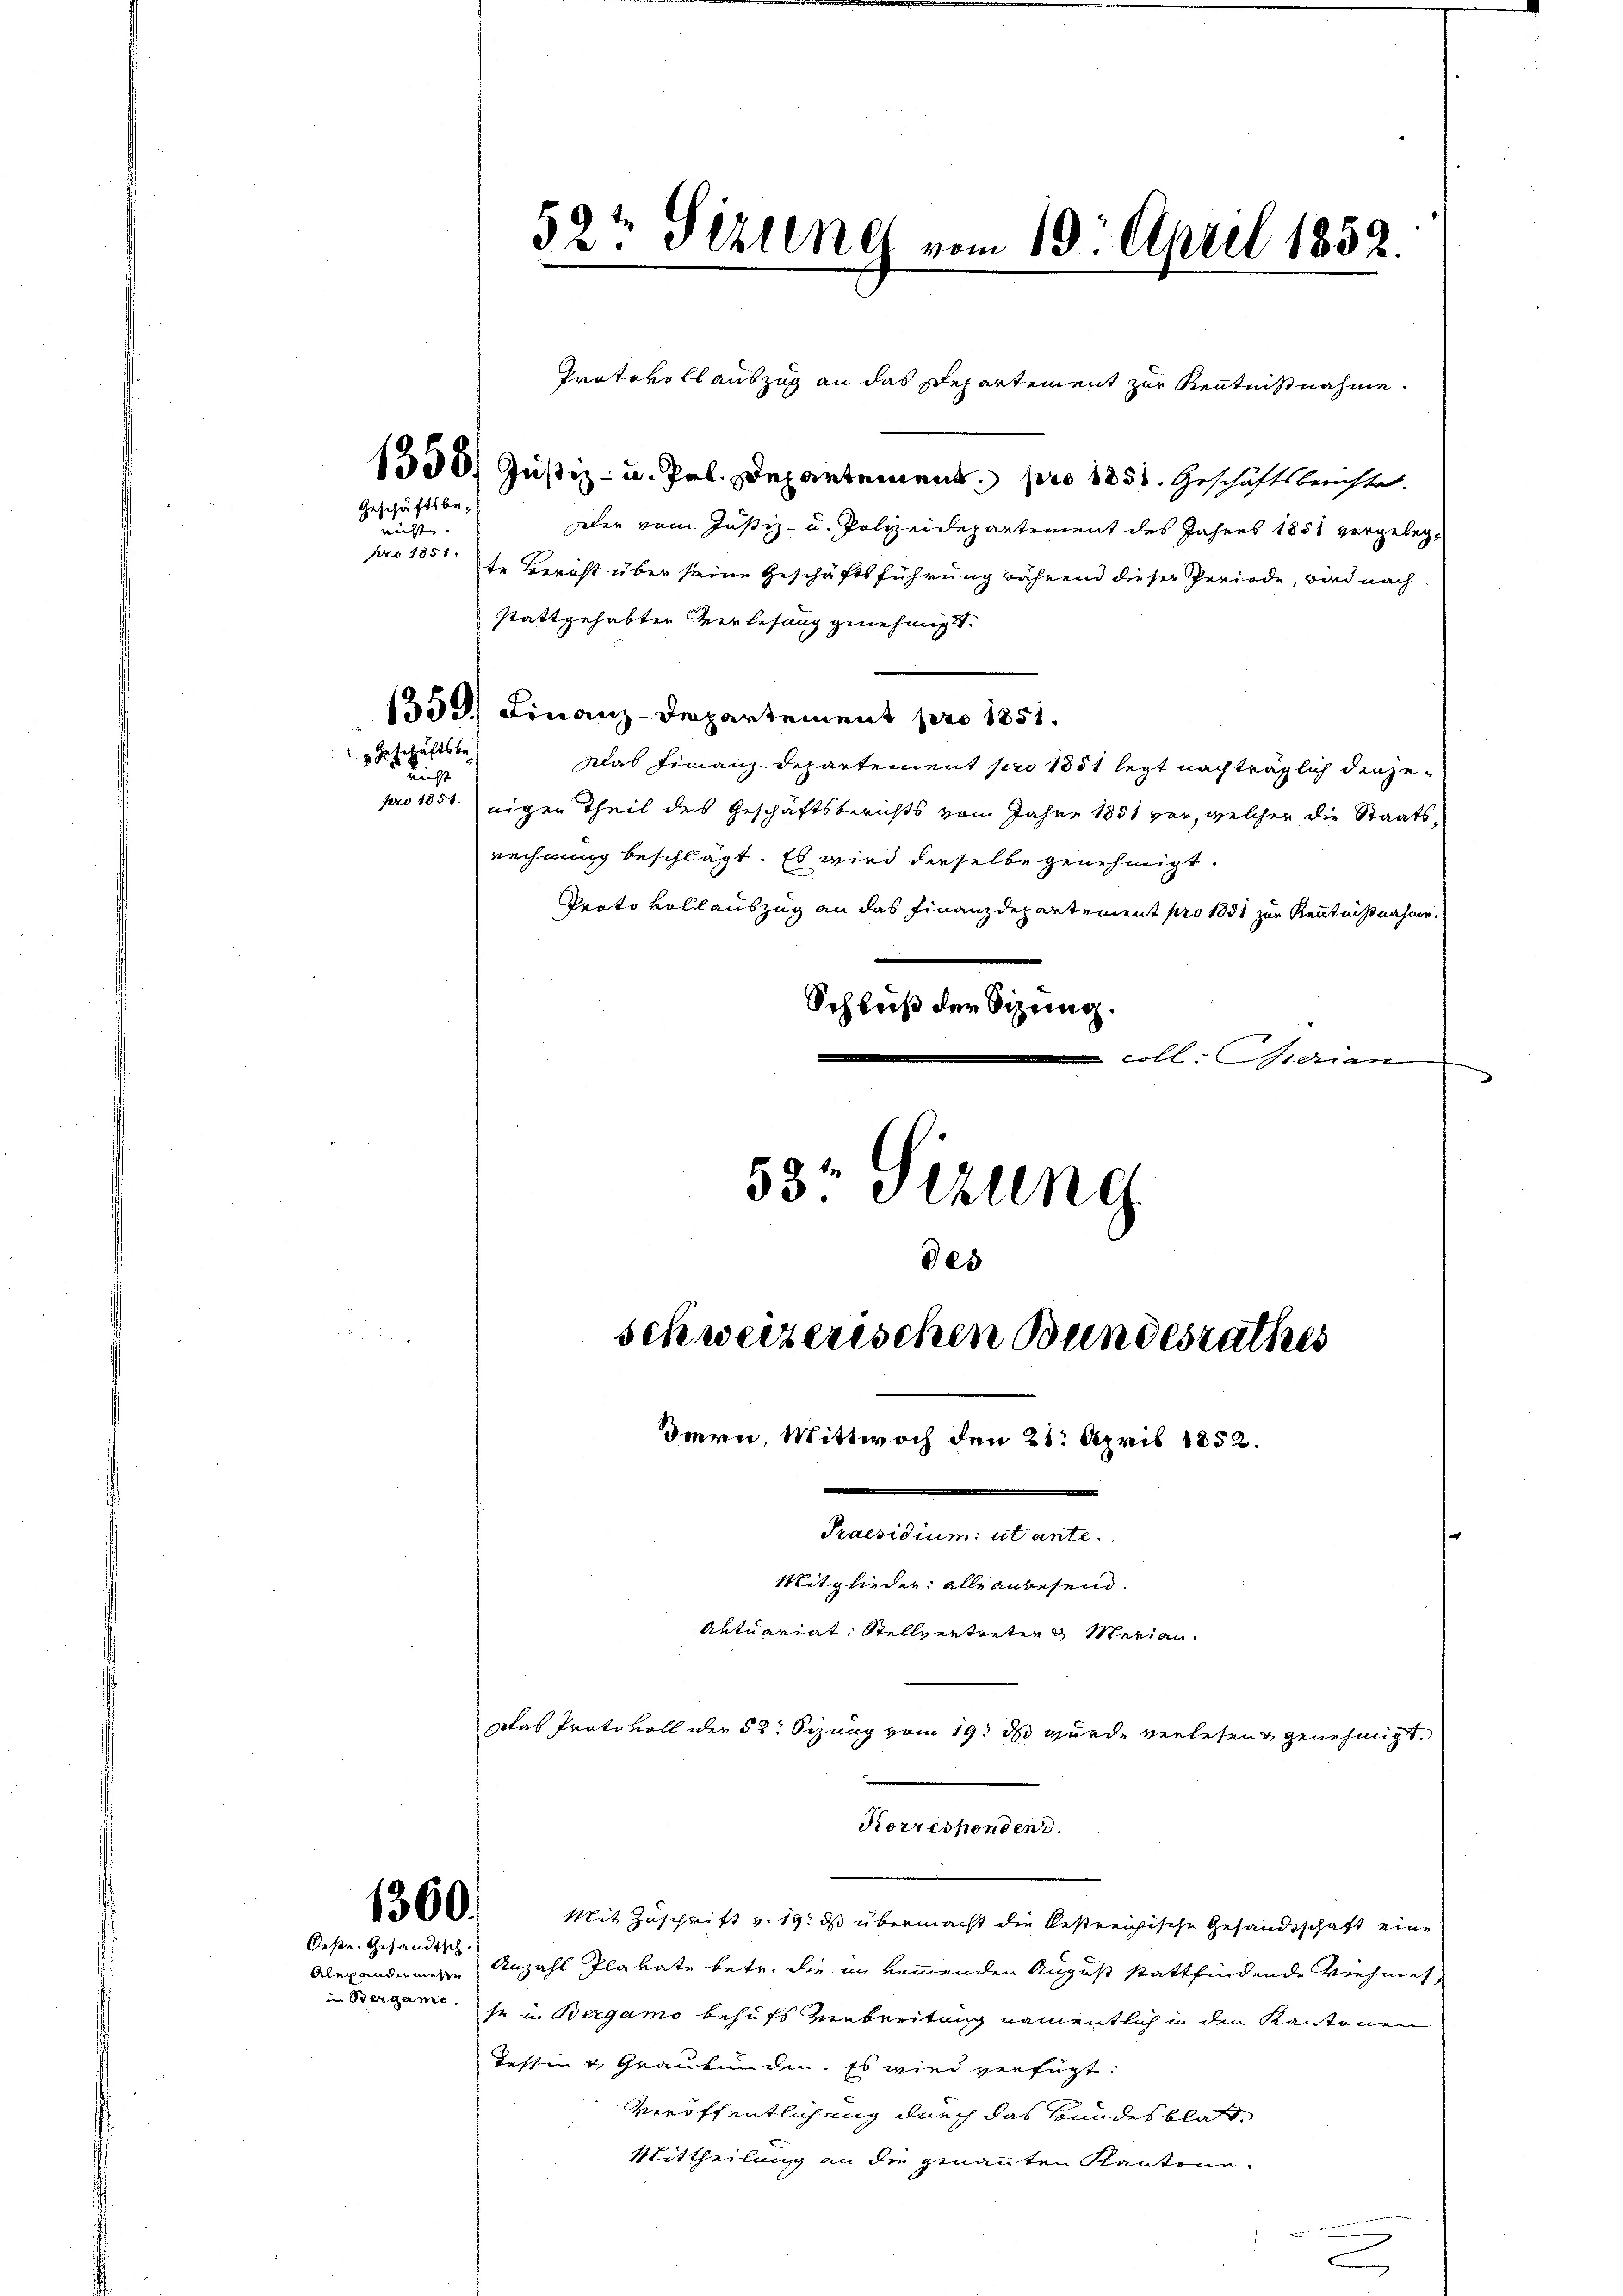
Geschäftsbe-
nicht. |
pro 1851.

1330. Justiz- u. Pal. Departement pro 1851. Geschäftsberichte
heder vom Justiz- u. Polizeidepartement des Jahres 1858 vorgelegte Bericht über seine Geschäftsführung während dieser Periode, wird nachstattgehabten Verlesung genehmigt.
1359) Finanz-Departement pro 1851.
Das Finanz-Departement pro 1851 legt nachträglich denjenicht
pro 1851 eigen Theil des Geschäftsberichts vom Jahre 1851 vor, welcher die Staatsrechnung beschlägt. Es wird dieselbe genehmigt.
Protokollauszug an das Finanzdepartement pro 1851 zur Kenntnißnahme
Schluß der Sitzung.
coll. Gerian

Geschäftsbe

Oese. Gesandtsch

in Bergamo

52t Sizung vom 10. April 1852.

53 Sizung
des
schweizerischen Bundesrathes
Bern, Mittwoch den 21. April 1852.
Praesidium ut ante.
Mitglieder: alle anwesend.
Aktuariat. Stellvertreten & Merian

Puatevoll auszug an das Departement zur Kenntnißnahme.

Das Protokoll oder 52: Sizung vom 19. ds wurde verlesen genehmigt.
Korrespondenz.
126. Mit Zuschrift v. 19. ds übermacht die bestreichische Gesandtschaft eine
Alexandernere Anzahl Plavate betr. die in kommenden August stattfindende Viehmesse in Bergamo behufs Zuebreitung namentlich in den Kantonen
Testin & Graubünden. Es wird verfügt:
Veröffentlichung durch das Bundesblat
Mittheilung an die genannten Kantone